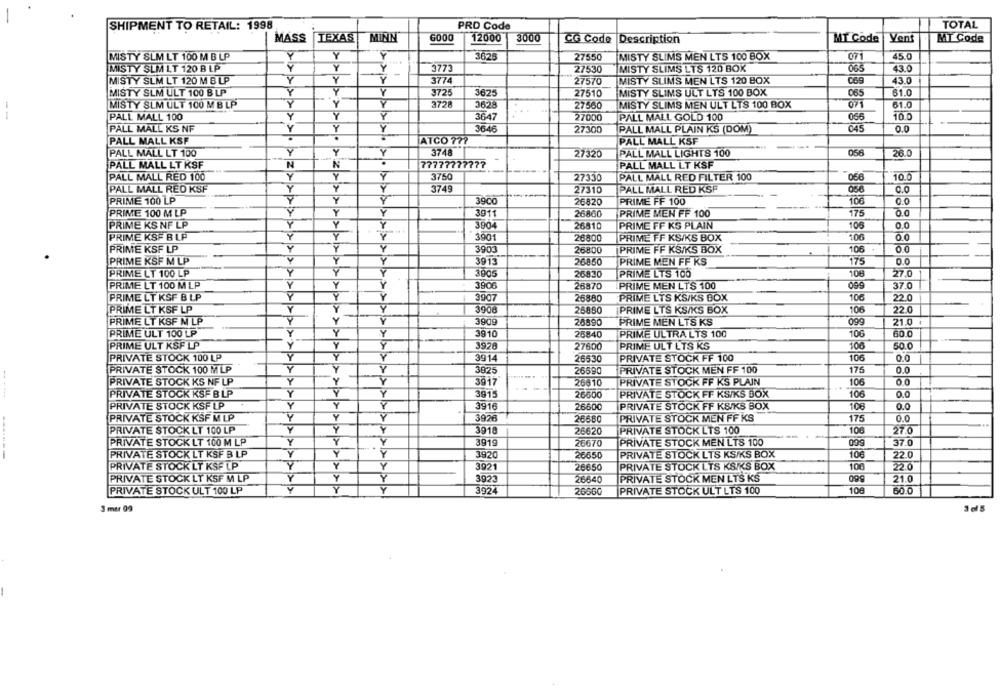
SHIPMENT TO RETAIL: 1998
0009
PRD Code
TOTAL
MASS
TEXAS
MININ
12000
3000
CG Code Description
MT Code
Vent
MAT Code
Y
Y
3625
MISTY SLIMS MEN LTS 100 BOX
071
45.0
MISTY SLM LT 100 M B LP
27550
MISTY SLM IT 120 B LP
Y
Y
3773
27530
MISTY SLIMS LTS 120 BOX
065
43.0
-
MISTY SLM LT 120 M B LP
Y
Y
3774
27570
MISTY SLIMS MEN LTS 120 BOX
069
43.0
MISTY SLM ULT 100 B LP
Y
Y
Y
3725
3625
27510
MISTY SLIMS ULT LTS 100 BOX
065
61.0
MISTY SLM ULT 100 M B LP
Y
Y
Y
372ª
3628
MISTY SLIMS MEN ULT LTS 100 BOX
071
61.0
27560
--
PALL MALL 100
Y
Y
Y
3647
27000
PALL MALL GOLD 100
066
10.0
PALL MALL KS NF
Y
Y
Y
3646
27300
PALL MALL PLAIN KS (DOM)
045
0.
.
PALL MALL KSF
ATCO 77?
PALL MALL KSF
PALL MALL LT 100
Y
3748
27320
PALL MALL LIGHTS 100
056
26.0
PALL MALL LT KSF
N
N
.
77777777777
PALL MALL LT KSF
PALL MALL RED 100
Y
Y
3750
27330
PALL MALL RED FILTER 100
056
10.0
Y
PALL MALL RED KSF
Y
3749
27310
PALL MALL RED KSF
056
0.0
PRIME 100 LP
Y
3900
26820
PRIME FF 100
106
1
PRIME 100 M LP
Y
3911
26860
PRIME MEN FF 100
175
Q.
PRIME KS NF LP
Y
3904
26810
PRIME FF KS PLAIN
106
0.0
PRIME KSF B LP
Y
Y
3901
26800
PRIME FF KS/KS BOX
106
PRIME KSF LP
Y
3903
26800
PRIME FF KS/KS BOX
106
00
PRIME KSF M LP
Y
3913
26850
PRIME MEN FF KS
175
PRIME LT 100 LP
Y
3005
26830
PRIME LTS 100
106
27.0
Y
Y
PRIME LT 100 M LP
3906
28870
PRIME MEN LTS 100
37.0
PRIME LT KSF B LP
Y
Y
3907
26880
PRIME LTS KS/KS BOX
106
22 0
PRIME LT KSF LP
Y
Y
Y
3908
26850
PRIME LTS KS/KS BOX
106
22 0
Y
PRIME LT KSF M LP
Y
3909
26590
PRIME MEN LTS KS
099
21.0
PRIME ULT 100 LP
Y
Y
Y
3910
106
60.0
25840
PRIME ULTRA LTS 100
PRIME ULT KSF LP
Y
Y
Y
3928
27600
PRIME ULT LTS KS
100
50.0
PRIVATE STOCK 100 LP
Y
Y
3914
26530
PRIVATE STOCK FF 100
106
0.0
PRIVATE STOCK 100 MLP
Y
Y
3025
26690
PRIVATE STOCK MEN FF 100
175
O.C
PRIVATE STOCK KS NF LP
Y
Y
>>>
3917
PRIVATE STOCK FF KS PLAIN
00
26610
106
PRIVATE STOCK KSF B LP
Y
Y
Y
3915
26600
PRIVATE STOCK FF KSIKS BOX
106
0.0
PRIVATE STOCK KSF LP
Y
Y
3916
26600
PRIVATE STOCK FF KSIKS BOX
106
Q.
PRIVATE STOCK KSF M LP
Y
Y
3926
26680
PRIVATE STOCK MEN FF KS
175
0.0
PRIVATE STOCK LT 100 LP
Y
Y
3918
PRIVATE STOCK LTS 100
100
27.0
26620
PRIVATE STOCK LT 100 M LP
Y
Y
3919
26670
PRIVATE STOCK MEN LTS 100
00
37.0
-------
PRIVATE STOCK LT KSF B LP
Y
Y
3920
26650
PRIVATE STOCK LTS KS/KS BOX
106
22.0
PRIVATE STOCK LT KSF LP
Y
Y
3021
26650
PRIVATE STOCK LTS KSIKS BOX
100
560
220
Y
26640
PRIVATE STOCK MEN LTS KS
21.0
PRIVATE STOCK LT KSF M LP
Y
3923
PRIVATE STOCK ULT 100 LP
Y
Y
3924
26660
PRIVATE STOCK ULT LTS 100
108
60.0
SPI
3 mit 09